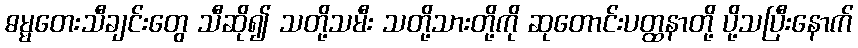
ဓမ္မတေးသီချင်းတွေ သီဆို၍ သတို့သမီး သတို့သားတို့ကို ဆုတောင်းပတ္ထနာတို့ ပို့သပြီးနောက်